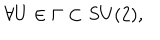
LaTeX: \forall U \in \Gamma \subset S U ( 2 ) ,